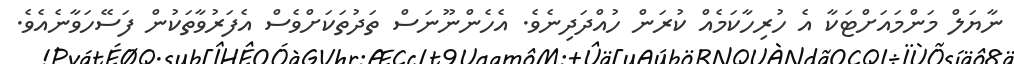
ނާޔަލް މަންމައަށްޓަކާ އެ ހުރިހާކަމެއް ކުރަން ހުއްދަދިނެވެ. އެހެންނޫނަސް ތަދުތަކަށްވެސް އެފަރުވާތަކުން ފަސޭހަވާނެއެވެ.